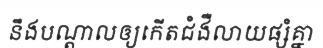
នឹងបណ្តាលឲ្យកើតជំងឺលាយផ្សំគ្នា